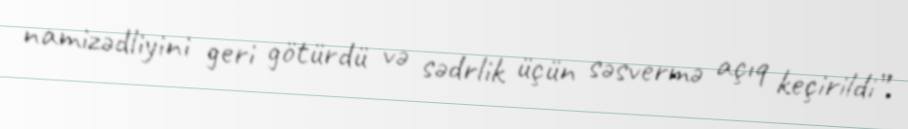
namizədliyini geri götürdü və sədrlik üçün səsvermə açıq keçirildi”.